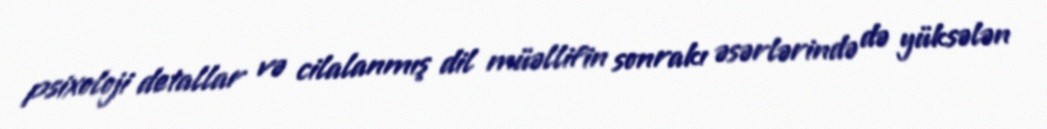
psixoloji detallar və cilalanmış dil müəllifin sonrakı əsərlərində də yüksələn